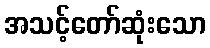
အသင့်တော်ဆုံးသော